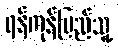
ရန်ကုန်ပြည်သူ့